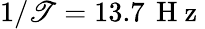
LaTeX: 1/\mathscr{T}=13.7\, \mathrm{{~H~z~}}